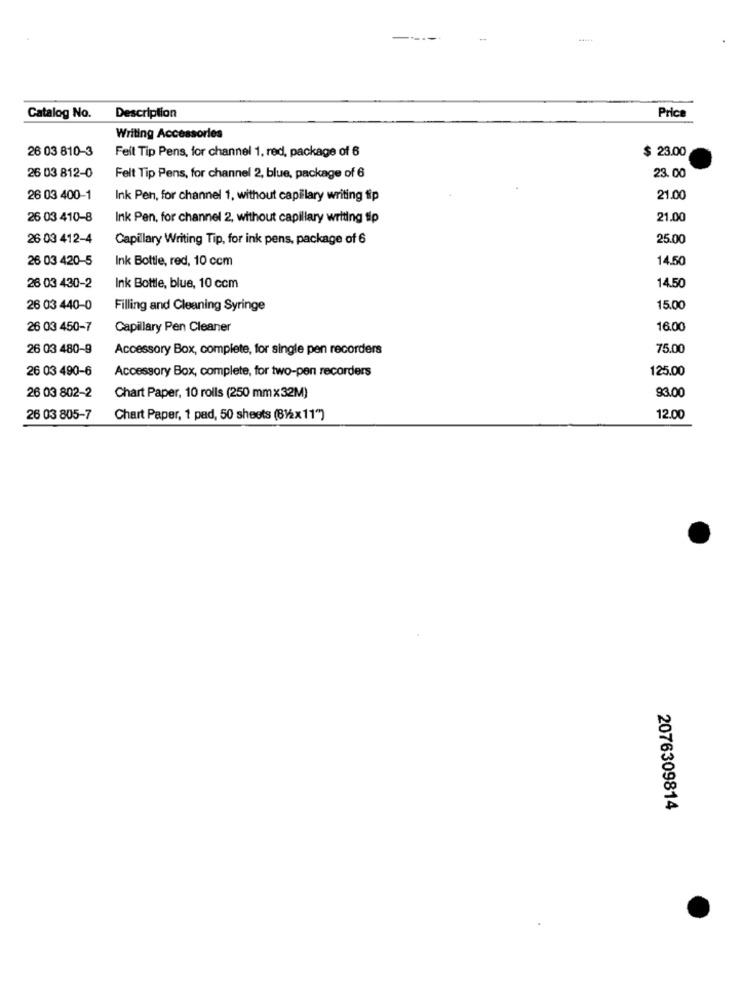
Price
Catalog No.
Description
Writing Accessories
26 03 810-3
Feil Tip Pens, for channel 1, red, package of 6
$ 23.00
26 03 812-0
Felt Tip Pens, for channel 2, blue, package of 6
23.00
26 03 400-1
Ink Pen, for channel 1, without capillary writing tip
21.00
26 03 410-8
Ink Pen, for channel 2, without capillary writing sip
21.00
26 03 412-4
Capillary Writing Tip, for ink pens, package of 6
25.00
26 03 420-5
Ink Bottle, red, 10 ccm
14.50
14.50
26 03 430-2
Ink Bottle, blue, 10 ccm
26 03 440-0
Filling and Cleaning Syringe
15.00
26 03 450-7
Capillary Pen Cleaner
16.00
26 03 480-9
Accessory Box, complete, for single pen recorders
75.00
26 03 490-6
125.00
Accessory Box, complete, for two-pen recorders
26 03 802-2
Chart Paper, 10 rolls (250 mm×32M)
93.00
26 03 805-7
Chart Paper, 1 pad, 50 sheets (812x11")
12.00
2076309814